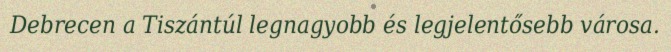
Debrecen a Tiszántúl legnagyobb és legjelentősebb városa.